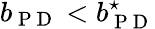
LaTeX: b_{\mathrm{~P~D~}}<b_{\mathrm{~P~D~}}^{\star}